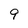
Character: 9